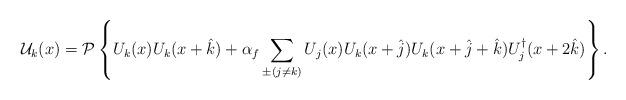
LaTeX: \begin{align*}{\cal U}_k(x) = {\cal P} \left\{ U_k(x) U_k(x+\hat k) + \alpha_f \sum_{\pm(j\neq k)} U_j(x)U_k(x+\hat j) U_k(x+\hat j+\hat k) U^\dagger_j(x+2\hat k) \right\}.\end{align*}